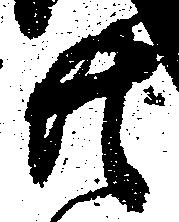
共